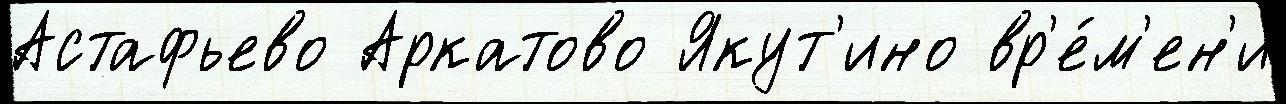
Астафьево Аркатово Якут'ино вр'е́м'ен'и